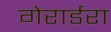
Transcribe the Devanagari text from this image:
गेरार्डरा